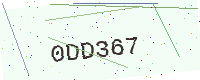
Text: 0DD367